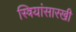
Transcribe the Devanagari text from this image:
स्त्रियांसारखी